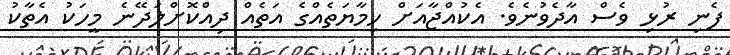
ފެނި ރުޅި ވެސް އާދެވުނެވެ. އެކުއްޖާއަށް ހިމާޔަތެއްގެ އަތެއް ދިއްކޮށްލަދޭނެ މީހަކު އެތާކު